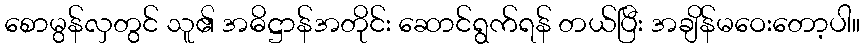
စောမွန်လှတွင် သူ၏ အဓိဋ္ဌာန်အတိုင်း ဆောင်ရွက်ရန် တယ်ပြီး အချိန်မဝေးတော့ပါ။